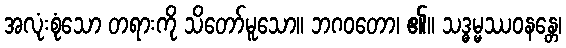
အလုံးစုံသော တရားကို သိတော်မူသော။ ဘဂဝတော၊ ၏။ သဒ္ဓမ္မဿဝနန္တေ၊